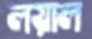
লয়াল